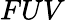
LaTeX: FUV